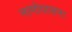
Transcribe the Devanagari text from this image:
नामोपासना